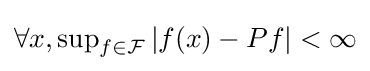
\forall x,\sup \nolimits _{f\in {\mathcal {F}}}\vert f(x)-Pf\vert <\infty